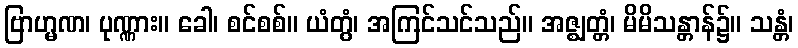
ဗြာဟ္မဏ၊ ပုဏ္ဏား။ ခေါ၊ စင်စစ်။ ယံတွံ၊ အကြင်သင်သည်။ အဇ္ဈတ္တံ၊ မိမိသန္တာန်၌။ သန္တံ၊